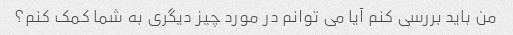
من باید بررسی کنم آیا می توانم در مورد چیز دیگری به شما کمک کنم؟